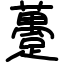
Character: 躉